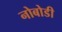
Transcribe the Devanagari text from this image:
नोबोडी